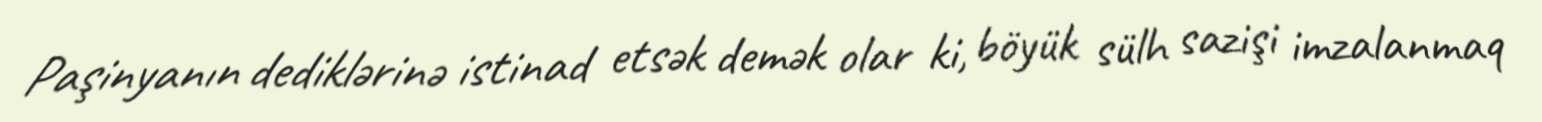
Paşinyanın dediklərinə istinad etsək demək olar ki, böyük sülh sazişi imzalanmaq